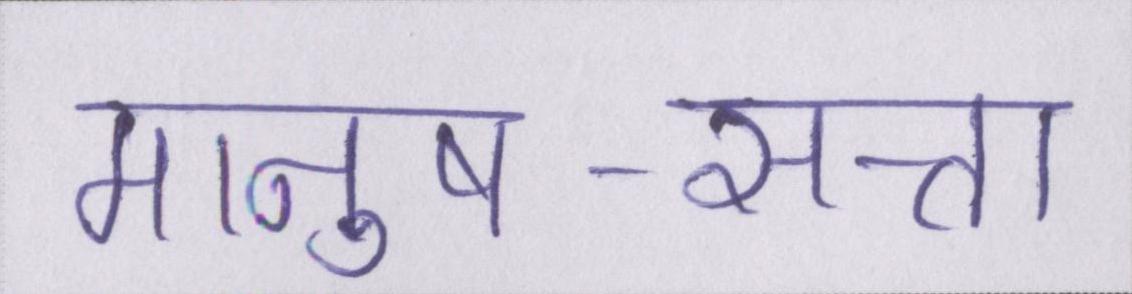
मानुष-सत्ता